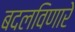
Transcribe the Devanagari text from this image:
बदलविणारे